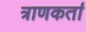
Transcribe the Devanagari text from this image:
त्राणकर्ता